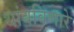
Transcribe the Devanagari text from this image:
थांबविणारे